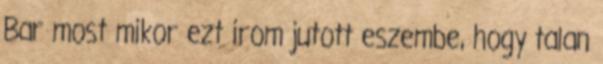
Bar most mikor ezt irom jutott eszembe, hogy talan